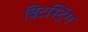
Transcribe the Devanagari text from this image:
बिटस्ट्रिंग